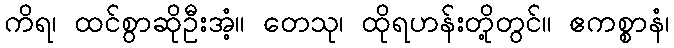
ကိရ၊ ထင်စွာဆိုဦးအံ့။ တေသု၊ ထိုရဟန်းတို့တွင်။ ဧကစ္စာနံ၊